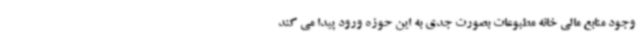
وجود منابع مالی خانه مطبوعات بصورت جدی به این حوزه ورود پیدا می کند